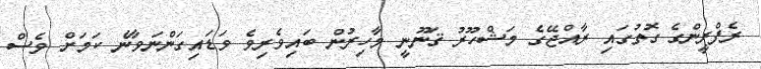
ރެފްރީންގެ ގޮތުގައި ރާއްޖޭގެ މަޝްހޫރު ޤަނޫނީ މާހިރުން ބައިވެރިވެ ވަޑައިގަންނަވާނެ ކަމަށް ވެސް